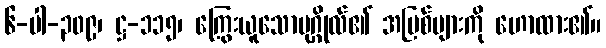
၆-ပါ-၃၀၉၊ ဋ္ဌ-၁၁၅၊ ကြွေးယူသောပုဂ္ဂိုလ်၏ အပြစ်များကို ဟောထား၏။